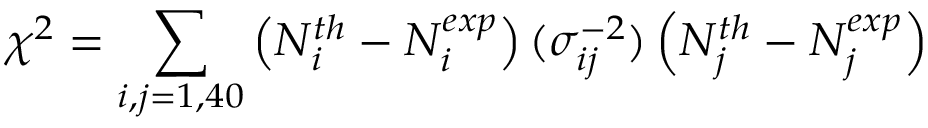
\chi ^ { 2 } = \sum _ { i , j = 1 , 4 0 } \left( N _ { i } ^ { t h } - N _ { i } ^ { e x p } \right) ( \sigma _ { i j } ^ { - 2 } ) \left( N _ { j } ^ { t h } - N _ { j } ^ { e x p } \right)